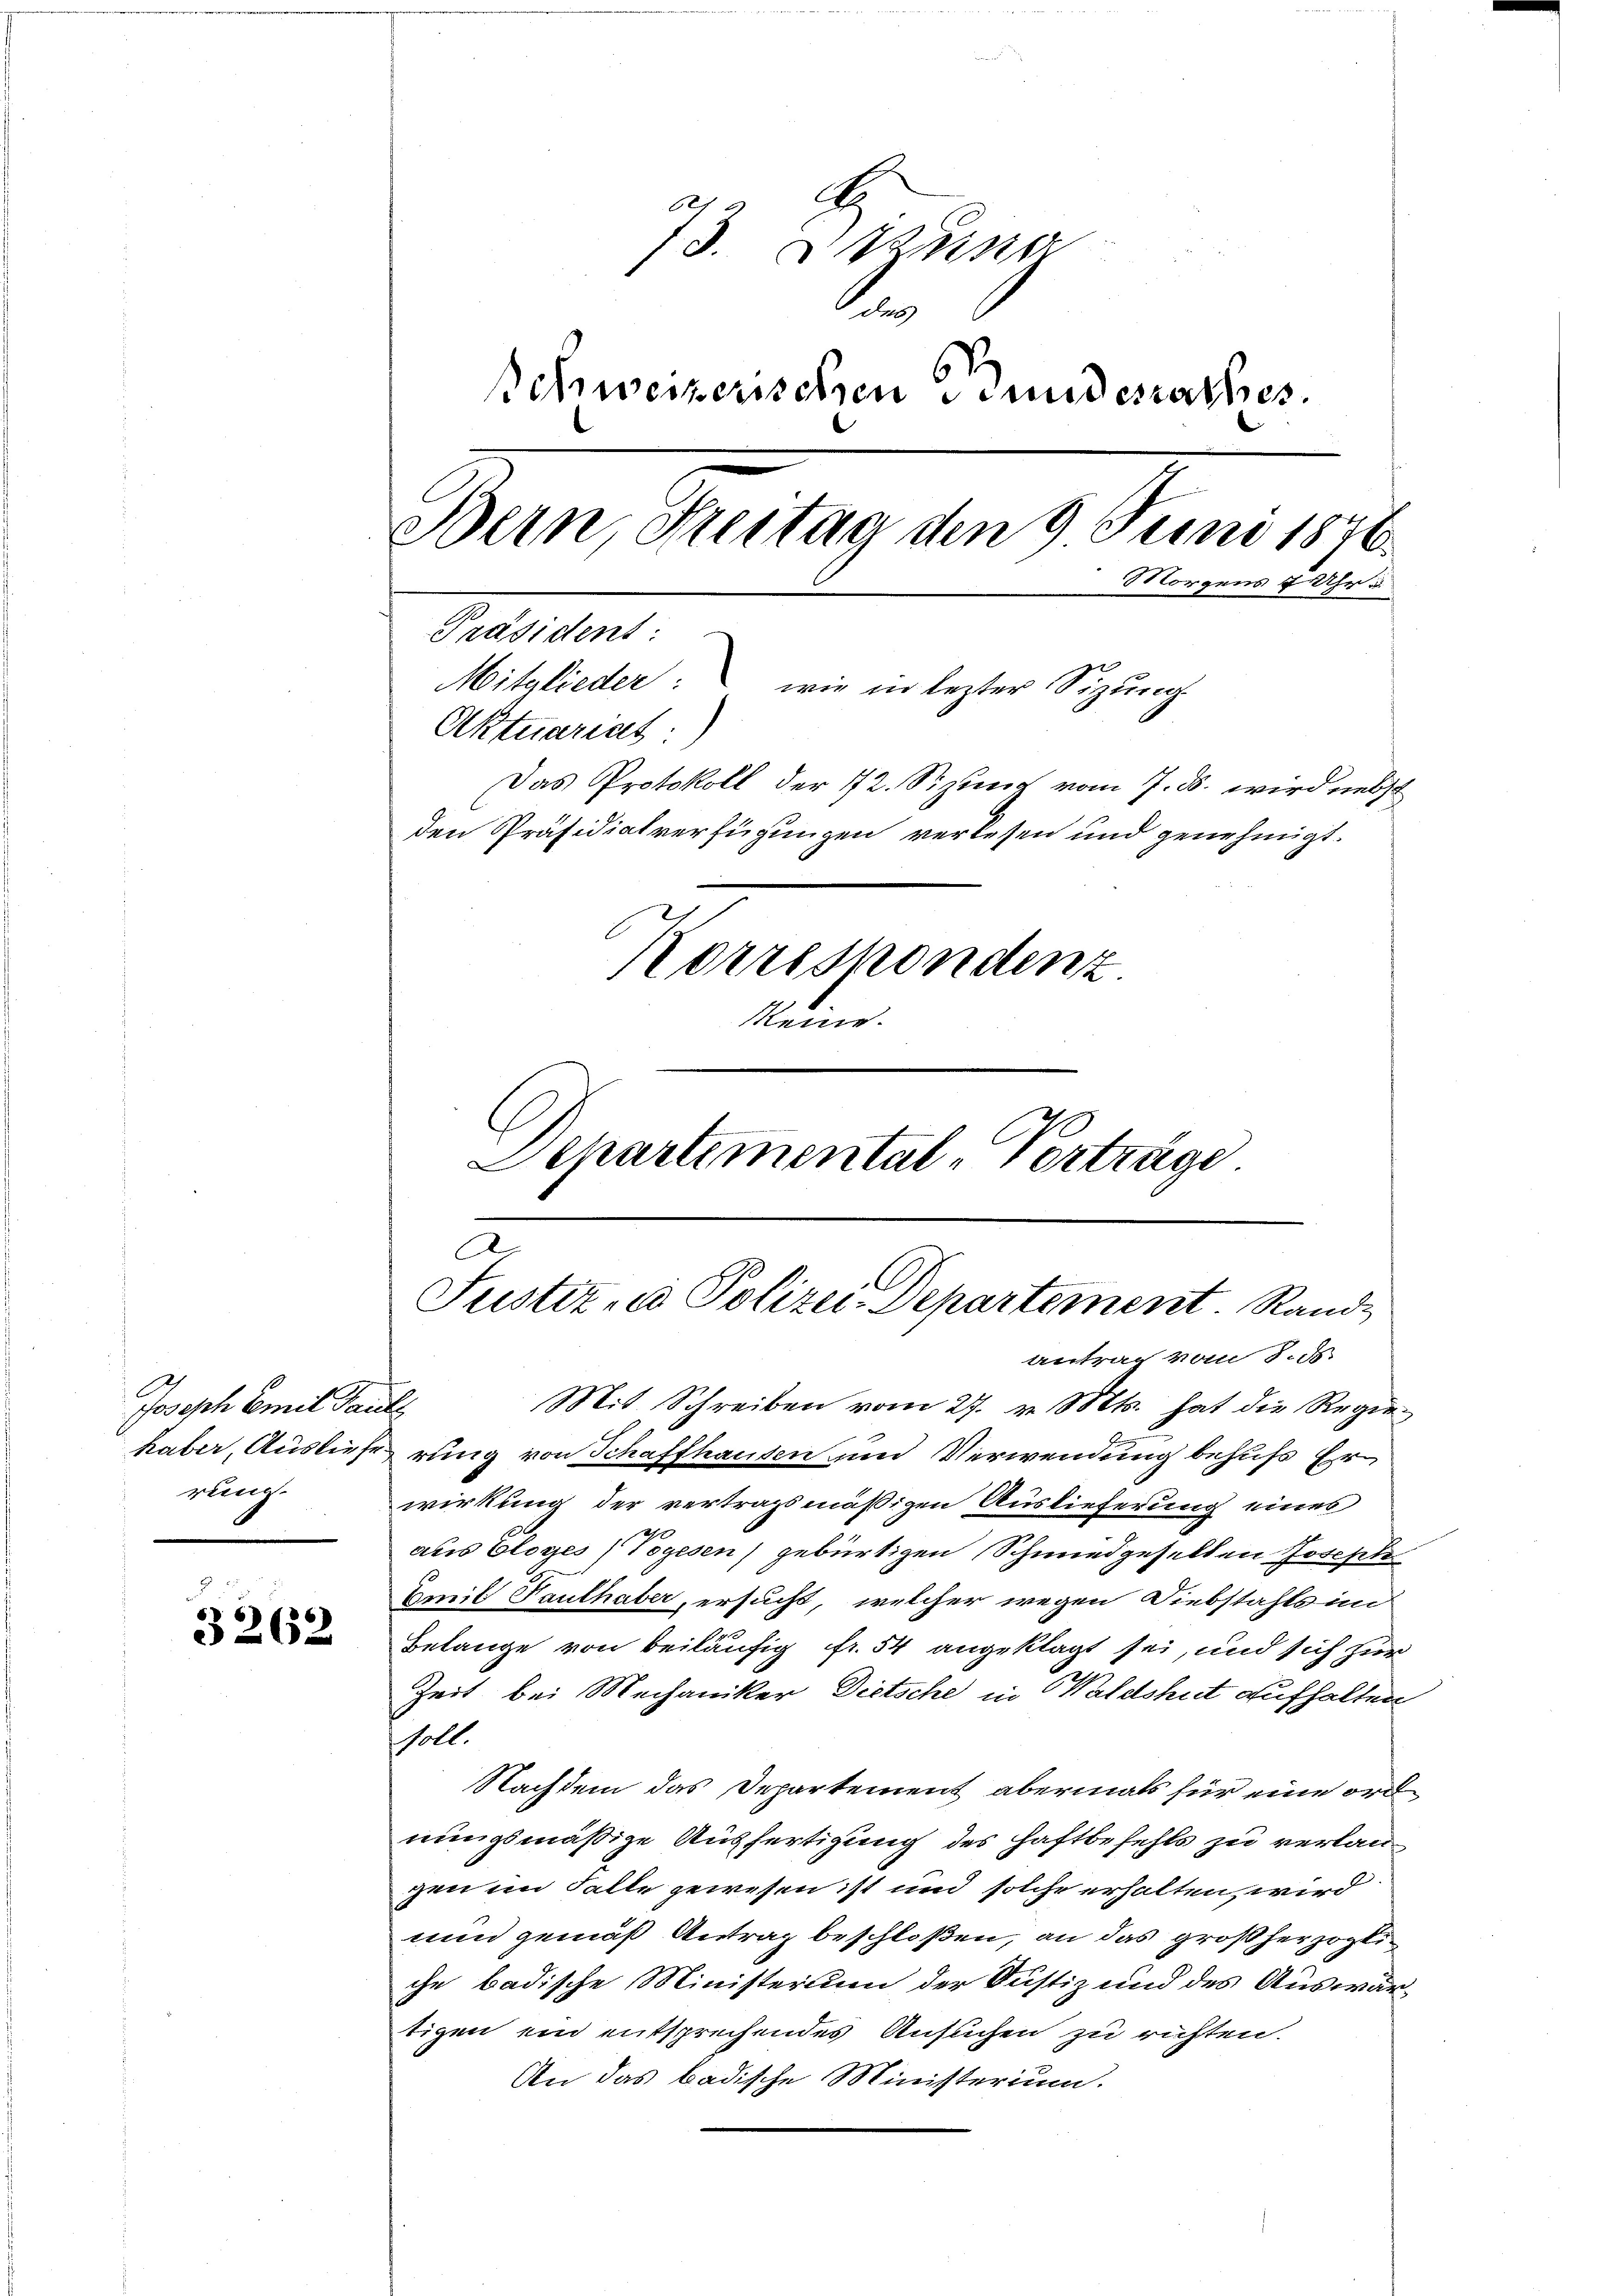
Joseph Comit Pauls
rung.

3262

73. zuste
e
Schweizerischen Bundesrathes.
Bein, Freitag den 9 Juni 1876
Morgens 7 Uhr u
Präsident:
Mitglieder: wie in lezter Sizung.
Aktuariat:)
Das Protokoll der 12. Sitzung vom 7. ds. wird nebst
den Präsidialverfügungen verlesen und genehmigt.
Korrespondenz
Meine.

Departemental-Verträge
.
Justiz in Polizei-Departement. Rande

antrag vom 8. ds.
Mit Schreiben vom 27. v. Mts. hat die Regiehaber, Auslieferung von Schaffhausen und Verwendung behufs Erwirkung der vertragsmäßigen Auslieferung eines
aus Eloges Vogesen) gebürtigen Schmiedgesellen Joseph
Emit Tauthaber, ersucht, welcher wegen Diebstahls in
Belange von beiläufig fr. 54 angeklagt sei, und sich zur
Zeit bei Mechaniker Dietsche in Waldshut aufhalten
soll
Nachdem das Departement abermals für eine ordnungsmäßige Ausfertigung des Haftbefehls zu verlangen im Falle gewesen ist und solche erhalten wird
nun gemäß Antrag beschloßen, an das großherzogliche badische Ministerium der Justiz und des Auswärtigen ein entsprechendes Ansuchen zu richten.
An das badische Ministerium.